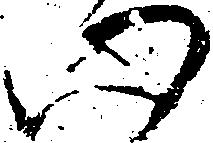
心